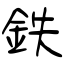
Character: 鉄